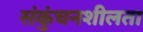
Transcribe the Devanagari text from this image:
संकुंचनशीलता